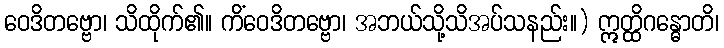
ဝေဒိတဗ္ဗော၊ သိထိုက်၏။ ကိံဝေဒိတဗ္ဗော၊ အဘယ်သို့သိအပ်သနည်း။) ဣတ္ထိဂန္ဓောတိ၊